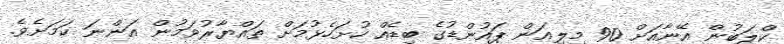
ކްލަބުން އޭނާއަށް 90 މިލިއަން ޕައުންޑުގެ ބިޑެއް ހުށަހެޅުމަށް ތައްޔާރުވަމުން އަންނަ ކަމަށެވެ.